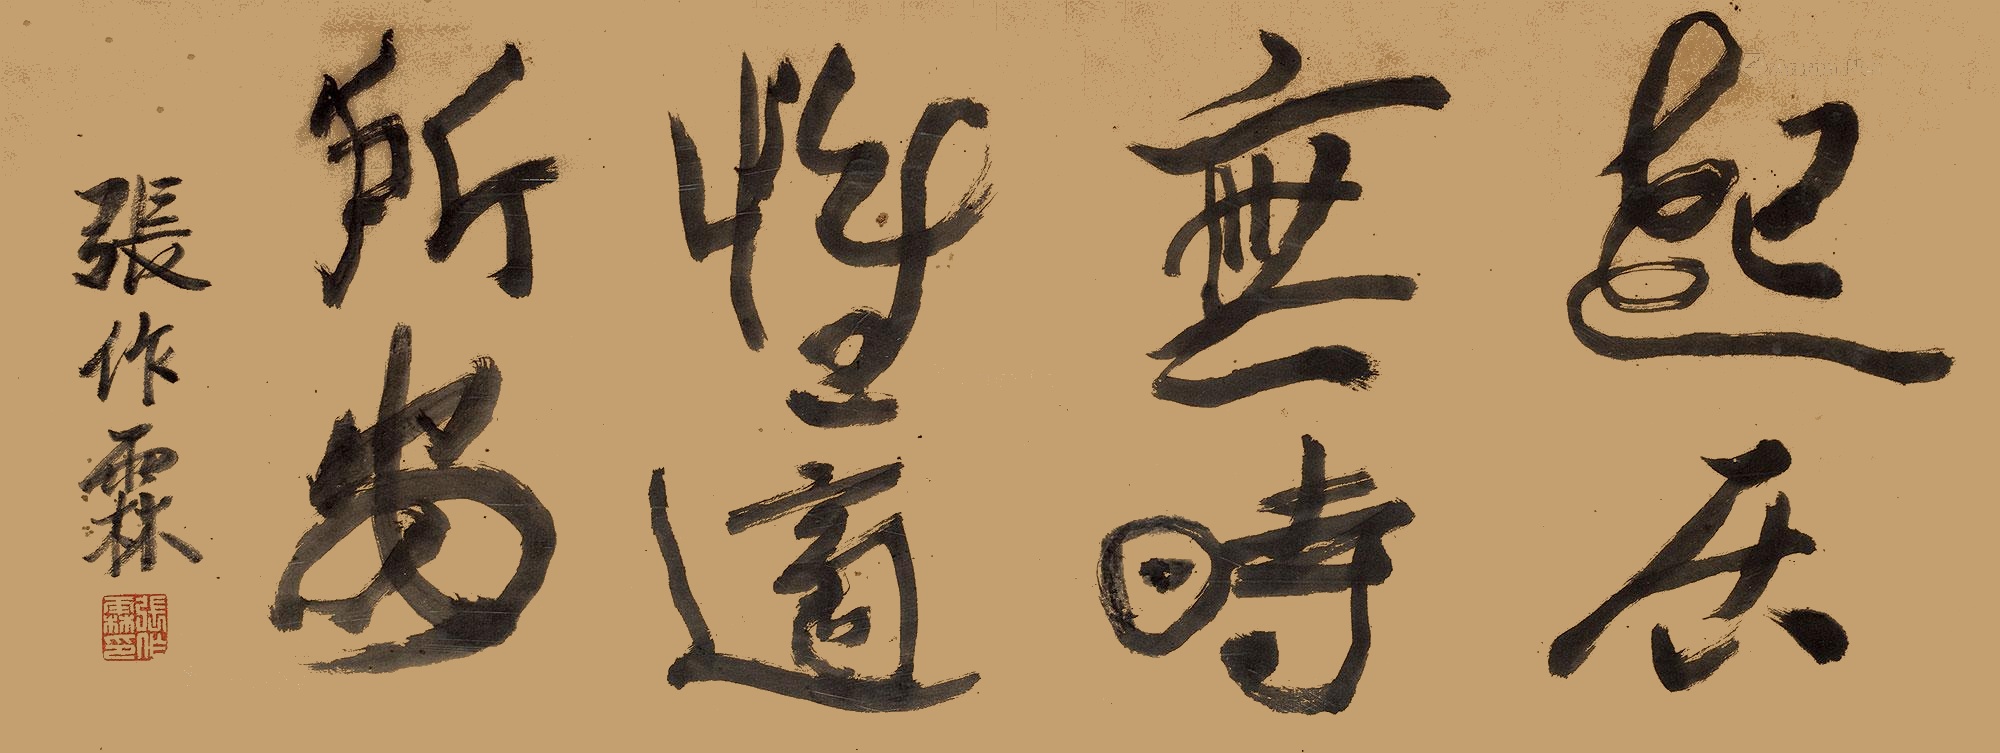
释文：起居无时为适所安张作霖印